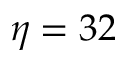
\eta = 3 2